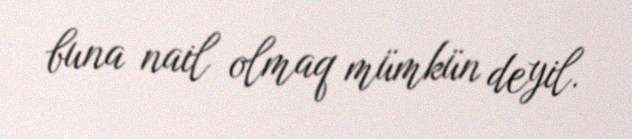
buna nail olmaq mümkün deyil.